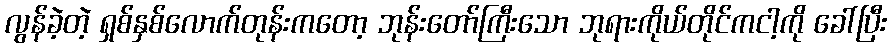
လွန်ခဲ့တဲ့ ရှစ်နှစ်လောက်တုန်းကတော့ ဘုန်းတော်ကြီးသော ဘုရားကိုယ်တိုင်ကငါ့ကို ခေါ်ပြီး